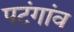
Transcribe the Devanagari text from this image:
पटंगांव